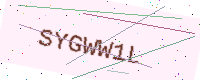
Text: SYGWW1L